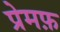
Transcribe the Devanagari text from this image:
प्रेमफ़